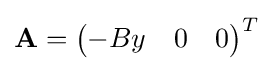
\mathbf {A} ={\begin{pmatrix}-By&0&0\end{pmatrix}}^{T}